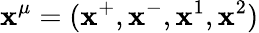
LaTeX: \mathbf{x}^{\mu}=(\mathbf{x}^{+},\mathbf{x}^{-},\mathbf{x}^{1},\mathbf{x}^{2})